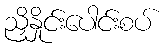
ညှိနှိုင်းပေါင်းစပ်